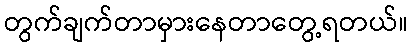
တွက်ချက်တာမှားနေတာတွေ့ရတယ်။